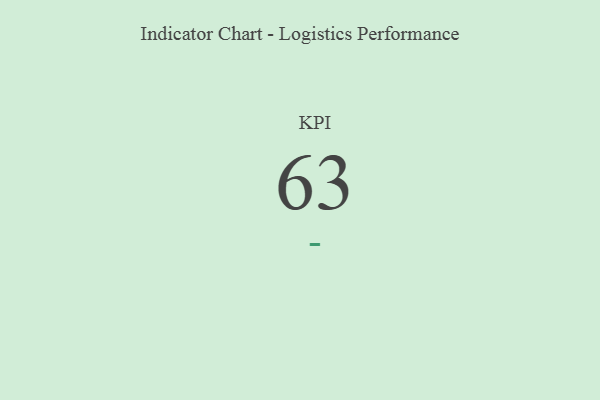
{"axis": {"x": "KPI", "y": "Value"}, "legend": [""], "data": [{"x": "KPI", "y": 63, "type": ""}]}